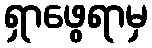
ရှာဖွေရာမှ